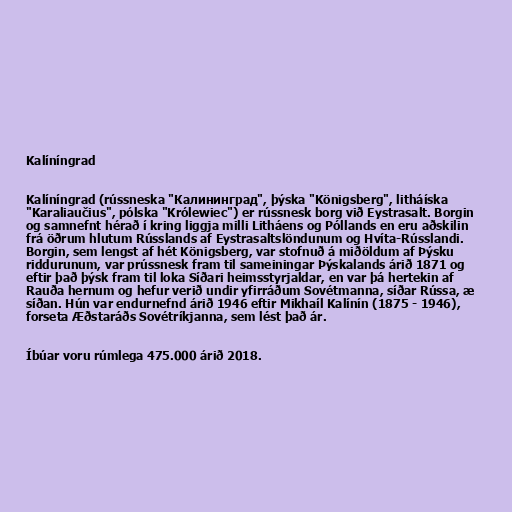
Kalíníngrad

Kalíníngrad (rússneska "Калининград", þýska "Königsberg", litháíska
"Karaliaučius", pólska "Królewiec") er rússnesk borg við Eystrasalt. Borgin
og samnefnt hérað í kring liggja milli Litháens og Póllands en eru aðskilin
frá öðrum hlutum Rússlands af Eystrasaltslöndunum og Hvíta-Rússlandi.
Borgin, sem lengst af hét Königsberg, var stofnuð á miðöldum af Þýsku
riddurunum, var prússnesk fram til sameiningar Þýskalands árið 1871 og
eftir það þýsk fram til loka Síðari heimsstyrjaldar, en var þá hertekin af
Rauða hernum og hefur verið undir yfirráðum Sovétmanna, síðar Rússa, æ
síðan. Hún var endurnefnd árið 1946 eftir Mikhaíl Kalínín (1875 - 1946),
forseta Æðstaráðs Sovétríkjanna, sem lést það ár.

Íbúar voru rúmlega 475.000 árið 2018.